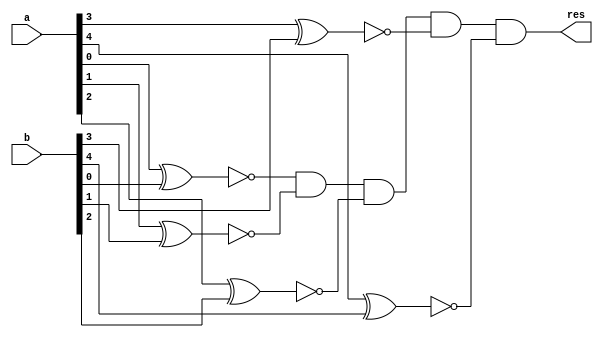
module comparator(a, b, res);
	input [4:0] a, b;
	output res;

	wire [4:0] w;

	xnor(w[0], a[0], b[0]);
	xnor(w[1], a[1], b[1]);
	xnor(w[2], a[2], b[2]);
	xnor(w[3], a[3], b[3]);
	xnor(w[4], a[4], b[4]);

	and(res, w[0], w[1], w[2], w[3], w[4]);
endmodule